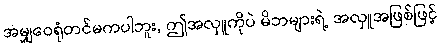
အမျှဝေရုံတင်မကပါဘူး, ဤအလှူကိုပဲ မိဘများရဲ့ အလှူအဖြစ်ဖြင့်